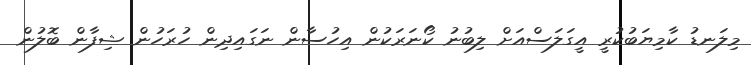
މިލަނޑު ކާމިޔަބުކުރީ އީގަލަސްއަށް ލިބުނު ކޯނަރަކުން އިހުސާން ނަގައިދިން ހުރަހުން ޝިފާން ބޮލުން